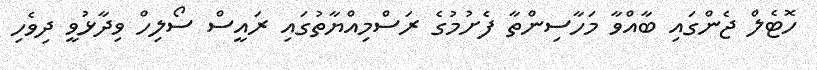
ހޮޓެލް ޖެންގައި ބާއްވާ މަހާސިންތާ ފެށުމުގެ ރަސްމިއްޔާތުގައި ރައީސް ސޯލިހް ވިދާޅުވީ ދިވެހި